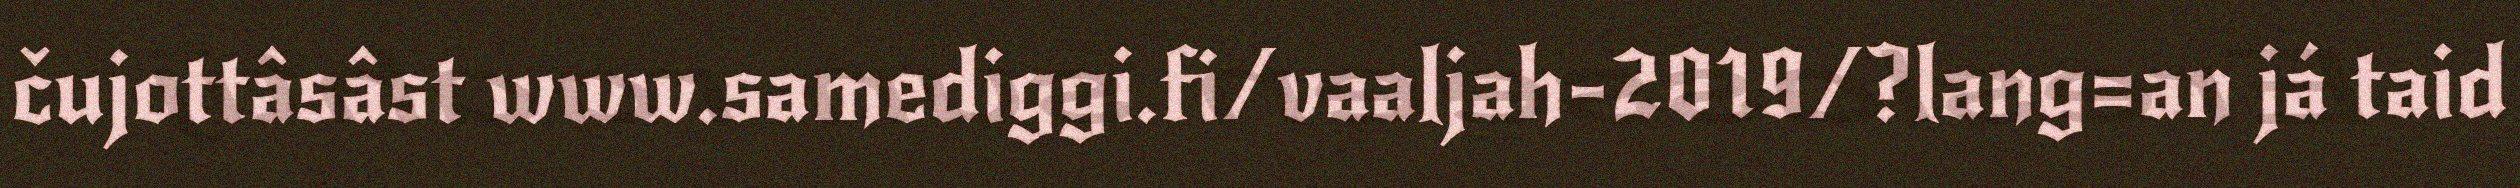
čujottâsâst www.samediggi.fi/vaaljah-2019/?lang=an já taid